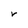
Character: r